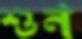
শুন